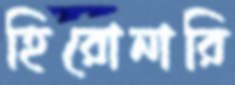
হিরোনারি